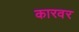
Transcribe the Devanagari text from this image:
कारवर